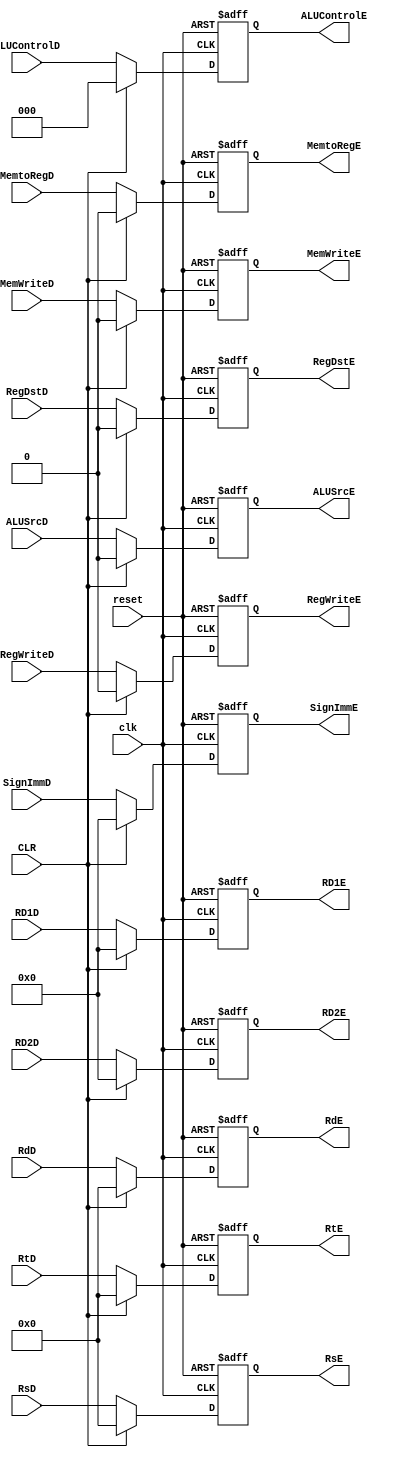

/*
// Module: pipeline_reg_Dec_Exe.v
// Description: Pipeline register between Decode and Execute stage verilog code //
// Owner : Mohamed Ayman
*/

module pipeline_reg_Dec_Exe 
#(parameter data_size = 32)
(

    output  reg    [data_size-1:0]  RD1E,RD2E,SignImmE,
    output  reg    [4:0]            RtE,RdE,RsE,
    output  reg                     RegWriteE,MemtoRegE,MemWriteE,ALUSrcE,RegDstE,
    output  reg    [2:0]            ALUControlE,
    input   wire                    clk,reset,CLR,
    input   wire   [data_size-1:0]  RD1D,RD2D,SignImmD,
    input   wire   [4:0]            RtD, RdD, RsD,
    input   wire                    RegWriteD,MemtoRegD,MemWriteD,ALUSrcD,RegDstD,
    input   wire   [2:0]            ALUControlD    
);

always @ ( posedge clk or negedge reset)
    begin
        if ( ! reset )
            begin
                RD1E <= 32'd0;
                RD2E <= 32'd0;
                RsE <= 32'd0;
                RtE <= 5'd0;
                RdE <= 5'd0;
                SignImmE <= 32'd0;
                RegWriteE <= 1'b0;
                MemtoRegE <= 1'b0;
                MemWriteE <= 1'b0;
                ALUSrcE <= 1'b0;
                RegDstE <= 1'b0;
                ALUControlE <= 3'd0;            
            end
        else if ( CLR )
            begin
                RD1E <= 32'd0;
                RD2E <= 32'd0;
                RsE <= 32'd0;
                RtE <= 5'd0;
                RdE <= 5'd0;
                SignImmE <= 32'd0;
                RegWriteE <= 1'b0;
                MemtoRegE <= 1'b0;
                MemWriteE <= 1'b0;
                ALUSrcE <= 1'b0;
                RegDstE <= 1'b0;
                ALUControlE <= 3'd0;                
            end
        else
            begin
                RD1E <= RD1D;
                RD2E <= RD2D;
                RsE <= RsD;
                RtE <= RtD;
                RdE <= RdD;
                SignImmE <= SignImmD;
                RegWriteE <= RegWriteD;
                MemtoRegE <= MemtoRegD;
                MemWriteE <= MemWriteD;
                ALUSrcE <= ALUSrcD;
                RegDstE <= RegDstD;
                ALUControlE <= ALUControlD;
            end
    end
endmodule